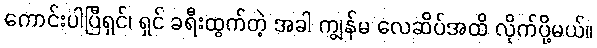
ကောင်းပါပြီရှင်၊ ရှင် ခရီးထွက်တဲ့ အခါ ကျွန်မ လေဆိပ်အထိ လိုက်ပို့မယ်။